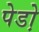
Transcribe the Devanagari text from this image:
पेडो़